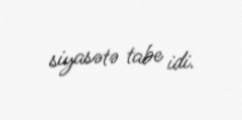
siyasətə tabe idi.